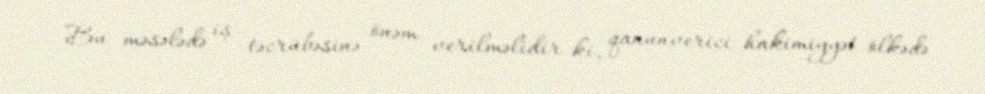
Bu məsələdə iş təcrübəsinə önəm verilməlidir ki, qanunverici hakimiyyət ölkədə